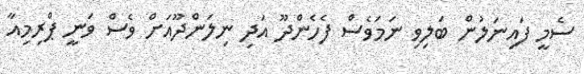
ސެމީ ފައިނަލުން ބަލިވި ނަމަވެސް ފެހެންދޫ އަދި ނިލަންދޫއަށް ވެސް ވަނީ ޕްރިމިއާ